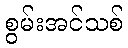
စွမ်းအင်သစ်